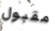
مقبول